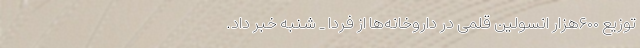
توزیع ۶۰۰هزار انسولین قلمی در داروخانه‌ها از فردا _ شنبه خبر داد.